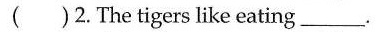
( )2.The tigers like eating___.